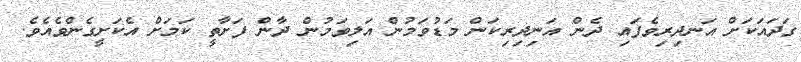
ގަދައަކަށް އަނދިރިވެފައި ދެން އަނިދިރިކަން މަޑުވަމުން އަލިވަމުން ދާން ފަށާތީ ކަމަށް އެކަށީގެންވެއެވެ.